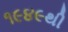
૧૯૪૯થી